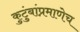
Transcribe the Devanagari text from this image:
कुटुंबांप्रमाणेच